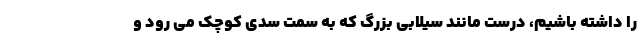
را داشته باشیم، درست مانند سیلابی بزرگ که به سمت سدی کوچک می رود و